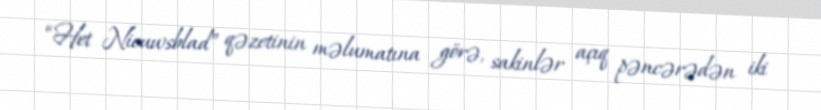
“Het Nieuwsblad” qəzetinin məlumatına görə, sakinlər açıq pəncərədən iki